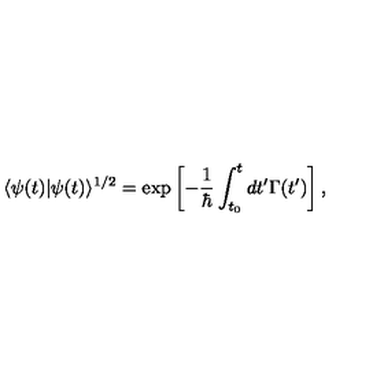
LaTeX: \langle \psi ( t ) | \psi ( t ) \rangle ^ { 1 / 2 } = \exp \left[ - \frac { 1 } { \hbar } \int _ { t _ { 0 } } ^ { t } d t ^ { \prime } \Gamma ( t ^ { \prime } ) \right] ,